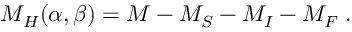
M _ { H } ( \alpha , \beta ) = M - M _ { S } - M _ { I } - M _ { F } \; .